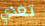
تغذي